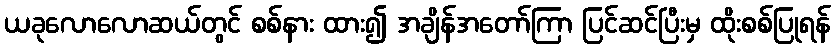
ယခုလောလောဆယ်တွင် စစ်နား ထား၍ အချိန်အတော်ကြာ ပြင်ဆင်ပြီးမှ ထိုးစစ်ပြုရန်